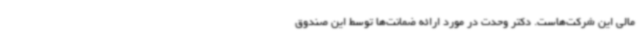
مالی این شرکت‌هاست. دکتر وحدت در مورد ارائه ضمانت‌ها توسط این صندوق